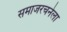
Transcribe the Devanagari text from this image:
समाजरचनेला